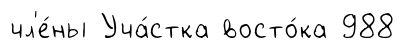
чл'е́ны Уча́стка восто́ка 988